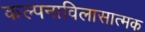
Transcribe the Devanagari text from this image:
कल्पनाविलासात्मक